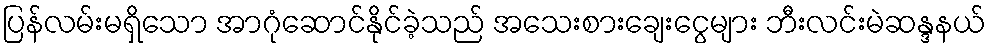
ပြန်လမ်းမရှိသော အာဂုံဆောင်နိုင်ခဲ့သည် အသေးစားချေးငွေများ ဘီးလင်းမဲဆန္ဒနယ်